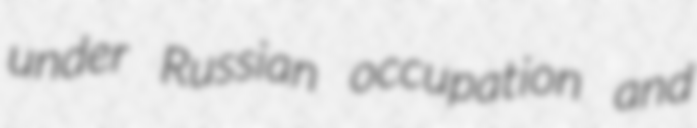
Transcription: under Russian occupation and